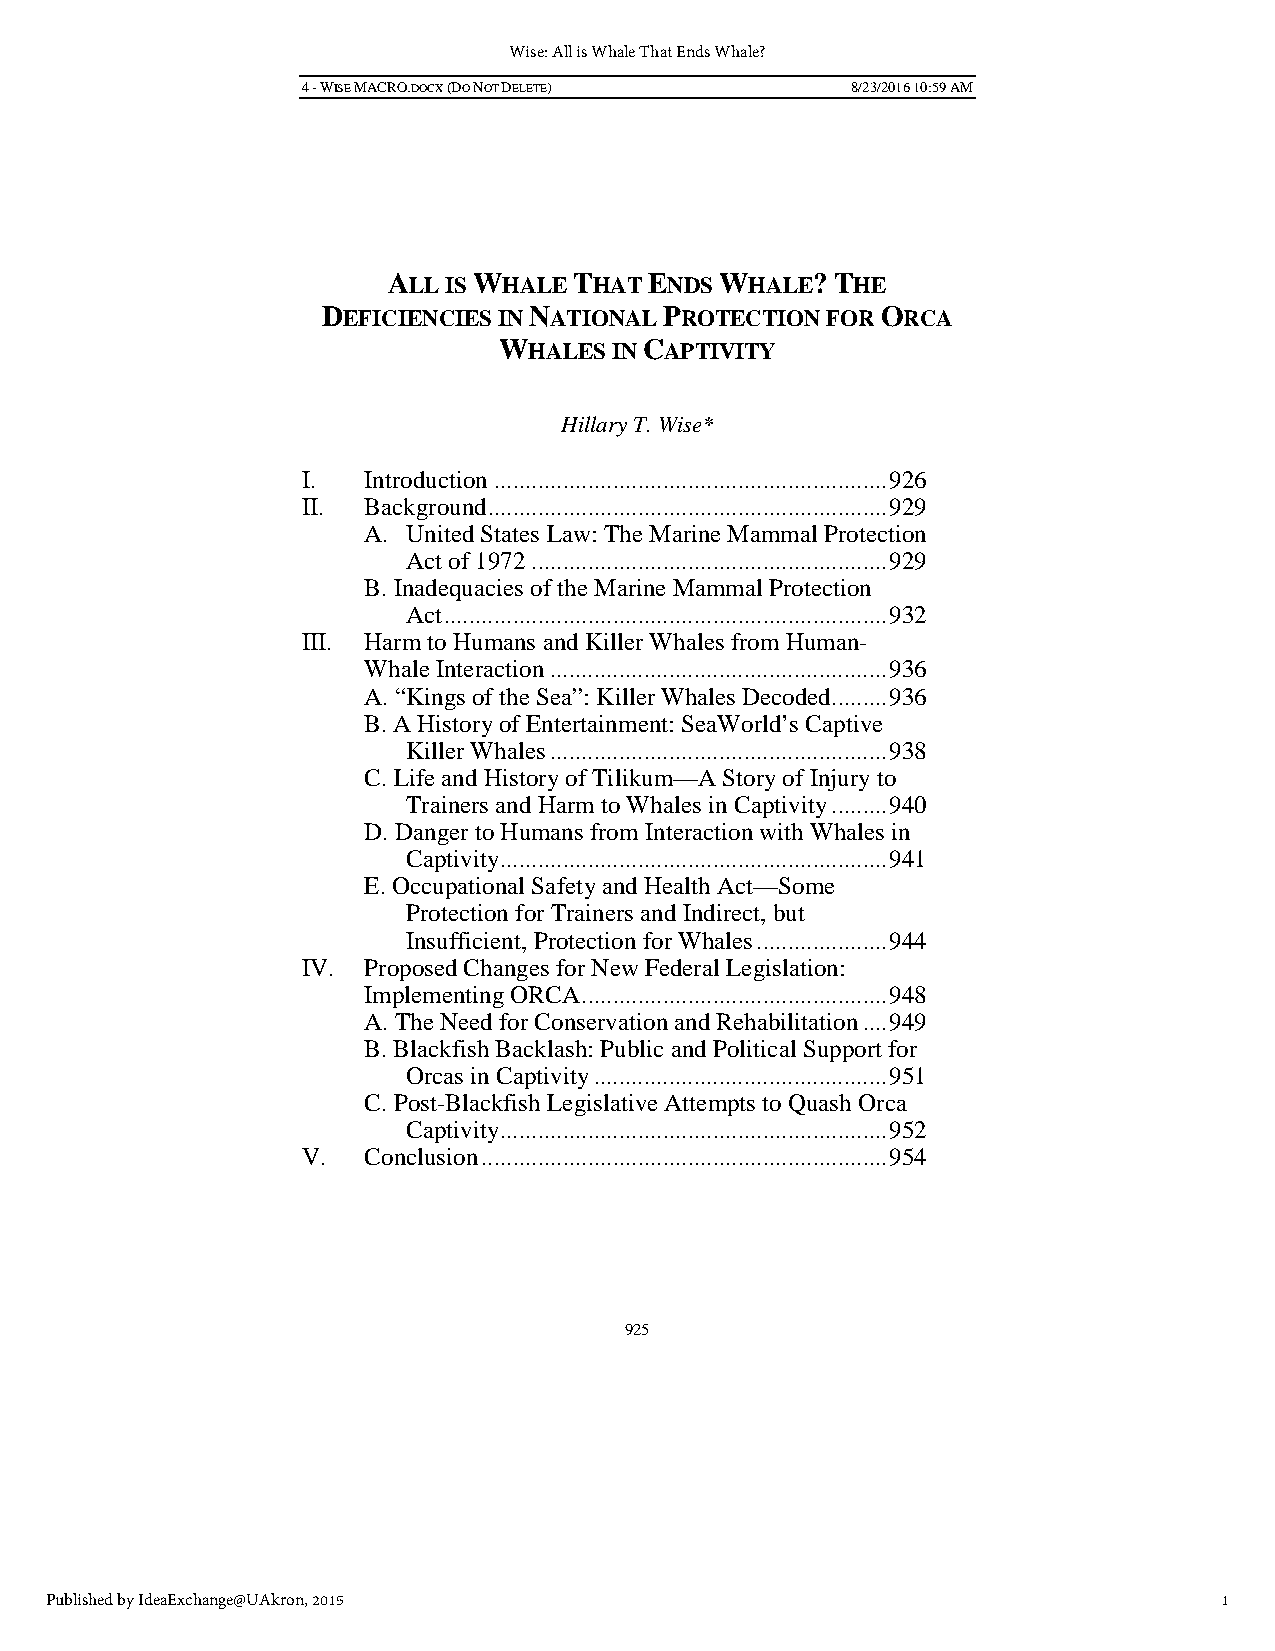
Wise: All is Whale That Ends Whale?
 4 - WISE MACRO.DOCX (DO NOT DELETE) 8/23/2016 10:59 AM
 ALL IS WHALE THAT ENDS WHALE? THE
 DEFICIENCIES IN NATIONAL PROTECTION FOR ORCA
 WHALES  IN CAPTIVITY
 Hillary T. Wise*
 I.  Introduction ............................................................... 926
 II. Background ................................................................ 929
 A. United States Law: The Marine Mammal Protection
 Act of 1972 ......................................................... 929
 B. Inadequacies of the Marine Mammal Protection
 Act ....................................................................... 932
 III. Harm to Humans and Killer Whales from Human-
 Whale Interaction ...................................................... 936
 A. “Kings of the Sea”: Killer Whales Decoded ......... 936
 B. A History of Entertainment: SeaWorld’s Captive
 Killer Whales ...................................................... 938
 C. Life and History of Tilikum—A Story of Injury to
 Trainers and Harm to Whales in Captivity ......... 940
 D. Danger to Humans from Interaction with Whales in
 Captivity .............................................................. 941
 E. Occupational Safety and Health Act—Some
 Protection for Trainers and Indirect, but
 Insufficient, Protection for Whales ..................... 944
 IV. Proposed Changes for New Federal Legislation:
 Implementing ORCA ................................................. 948
 A. The Need for Conservation and Rehabilitation .... 949
 B. Blackfish Backlash: Public and Political Support for
 Orcas in Captivity ............................................... 951
 C. Post-Blackfish Legislative Attempts to Quash Orca
 Captivity .............................................................. 952
 V.  Conclusion ................................................................. 954
 925
 Published by IdeaExchange@UAkron, 2015                                        1